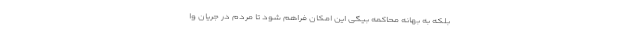
بلکه به بهانه محاکمه بیگی این امکان فراهم شود تا مردم در جریان وا